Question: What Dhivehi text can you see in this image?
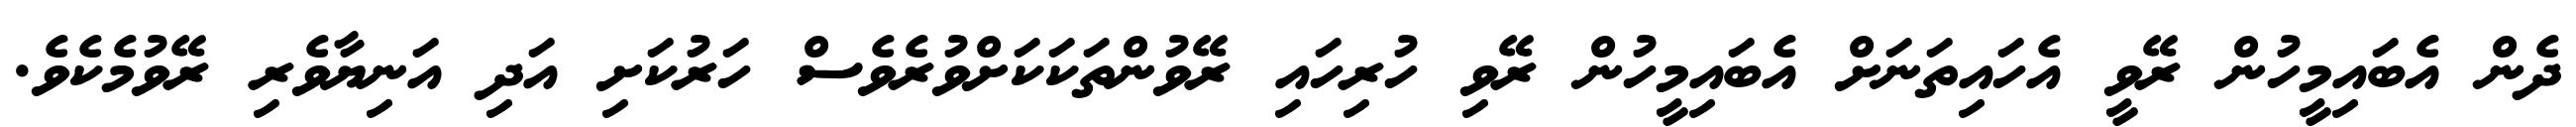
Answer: ދެން އެބައިމީހުން ރޭވީ އެހައިތަނަށް އެބައިމީހުން ރޭވި ހުރިހައި ރޭވުންތަކަކަށްވުރެވެސް ހަރުކަށި އަދި އަނިޔާވެރި ރޭވުމެކެވެ.